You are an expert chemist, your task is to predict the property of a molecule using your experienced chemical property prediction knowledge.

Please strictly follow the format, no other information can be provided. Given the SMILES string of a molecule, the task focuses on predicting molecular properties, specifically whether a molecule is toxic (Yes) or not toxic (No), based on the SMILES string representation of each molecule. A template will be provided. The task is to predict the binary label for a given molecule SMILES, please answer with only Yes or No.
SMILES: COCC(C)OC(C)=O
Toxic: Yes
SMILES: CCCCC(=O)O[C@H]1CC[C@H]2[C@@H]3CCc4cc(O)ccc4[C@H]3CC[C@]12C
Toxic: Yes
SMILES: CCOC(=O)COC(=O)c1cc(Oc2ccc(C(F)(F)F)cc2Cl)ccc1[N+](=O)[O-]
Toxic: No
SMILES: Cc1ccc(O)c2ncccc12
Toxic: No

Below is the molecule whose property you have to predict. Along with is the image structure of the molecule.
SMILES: c1cnc2cc3c(cc2n1)C1CNCC3C1
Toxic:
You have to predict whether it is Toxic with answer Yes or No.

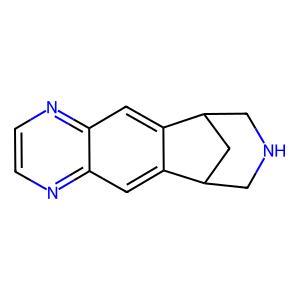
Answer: No